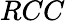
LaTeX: RCC